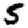
Digit: 5